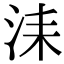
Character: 洡